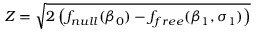
Z = \sqrt { 2 \left( f _ { n u l l } ( \beta _ { 0 } ) - f _ { f r e e } ( \beta _ { 1 } , \sigma _ { 1 } ) \right) }